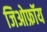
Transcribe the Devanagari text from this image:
जिओफ्रॉय